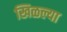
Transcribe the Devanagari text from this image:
खिळल्या